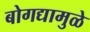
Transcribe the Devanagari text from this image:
बोगद्यामुळे